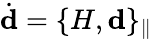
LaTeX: \dot{\mathbf d}=\{ H,{\mathbf d}\} _{\parallel}